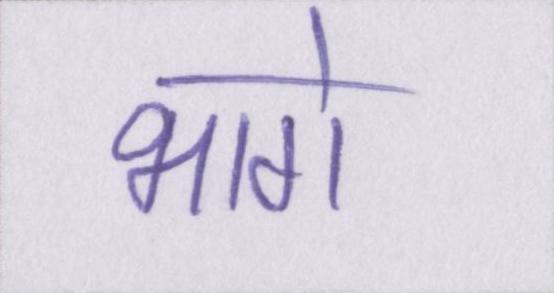
भागे